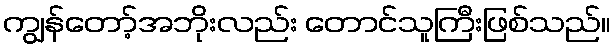
ကျွန်တော့်အဘိုးလည်း တောင်သူကြီးဖြစ်သည်။